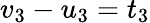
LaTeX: v_{3}-u_{3}=t_{3}